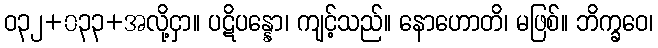
ဝ၃၂+၀၃၃+အလို့ငှာ။ ပဋိပန္နော၊ ကျင့်သည်။ နောဟောတိ၊ မဖြစ်။ ဘိက္ခဝေ၊